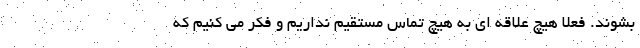
بشوند. فعلا هیچ علاقه ای به هیچ تماس مستقیم نداریم و فکر می کنیم که